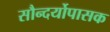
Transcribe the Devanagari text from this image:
सौन्दर्योपासक